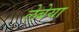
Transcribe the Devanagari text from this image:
लेबेया